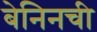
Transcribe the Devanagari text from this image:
बेनिनची